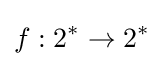
f:2^{*}\to 2^{*}